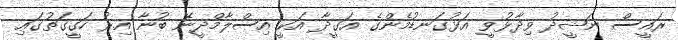
ރައީސް ނަޝީދު ވިދާޅުވީ އަޅުގަނޑުމެންގެ އަގީދާ އަކީ އިސްލާމްދީނޭ ބުނާ އިރު ހަގީގަތުގައި